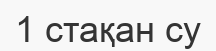
1 стақан су